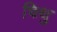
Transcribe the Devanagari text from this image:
चिथु